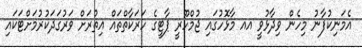
އެމަނިކުފާނު މިހެން ވިދާޅުވީ އއ މާޅޮހުގައި ޖުމްހޫރީ ޕާޓީގެ ހަރަކާތްތައް އިތުރަށް ވަރުގަދަކުރުމަށްޓަކައި